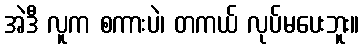
အဲဒီ လူက စကားပဲ၊ တကယ် လုပ်မပေးဘူး။